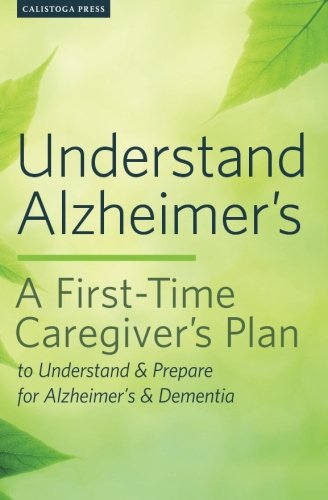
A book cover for Understand Alzheimer's: A First-Time Caregiver's Plan to Understand & Prepare for Alzheimer's & Dementia; Calistoga Press; Health, Fitness & Dieting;